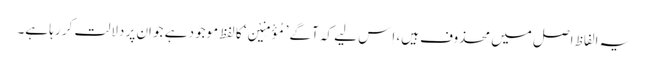
یہ الفاظ اصل میں محذوف ہیں، اِس لیے کہ آگے ’مُؤْمِنِیْن‘ کا لفظ موجود ہے جو اِن پر دلالت کر رہا ہے۔